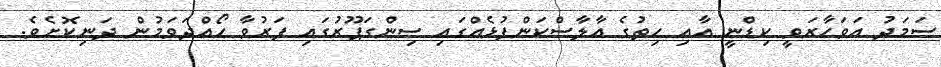
ސަމަދު އަވަހާރަވީ ކިޑްނީ އާއި ހިތުގެ އާލާސްކަންފުޅެއްގައި ސިންގަޕޫރުގައި ފަރުވާ ހޯއްދަވަމުން ދަނިކޮށެވެ.